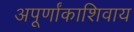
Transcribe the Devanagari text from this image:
अपूर्णांकाशिवाय